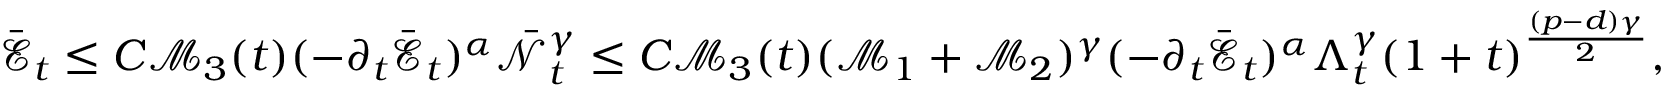
\bar { \mathcal { E } } _ { t } \leq C \mathcal { M } _ { 3 } ( t ) ( - \partial _ { t } \bar { \mathcal { E } } _ { t } ) ^ { \alpha } \bar { \mathcal { N } } _ { t } ^ { \gamma } \leq C \mathcal { M } _ { 3 } ( t ) ( \mathscr { M } _ { 1 } + \mathscr { M } _ { 2 } ) ^ { \gamma } ( - \partial _ { t } \bar { \mathcal { E } } _ { t } ) ^ { \alpha } \Lambda _ { t } ^ { \gamma } ( 1 + t ) ^ { \frac { ( p - d ) \gamma } { 2 } } ,